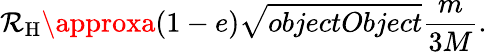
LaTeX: \mathcal{R}_{\mathrm{{H}}}\approxa(1-e){\sqrt{{{objectObject}}}{{\frac{{m}}{{3M}}}}}.